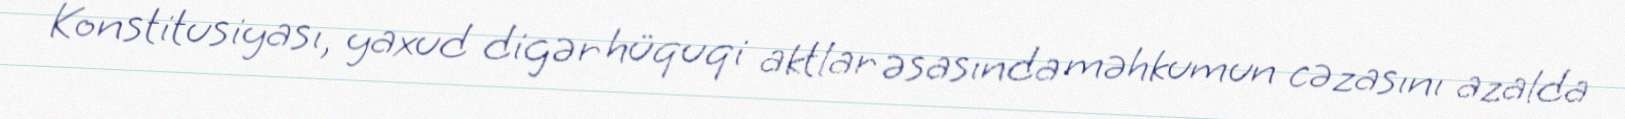
Konstitusiyası, yaxud digər hüquqi aktlar əsasında məhkumun cəzasını azalda